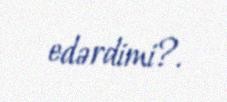
edərdimi?.